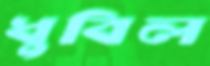
ধুবিল